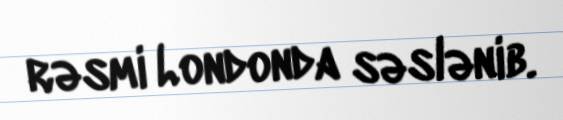
rəsmi Londonda səslənib.